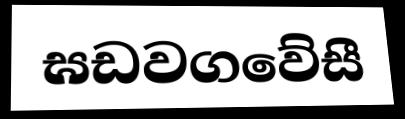
ඝඩවගවේසී